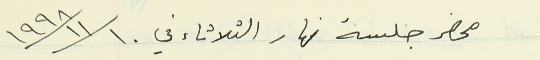
محضر جلسة نهار الثلاثاء في  ١٩٩٨/١١/١٠